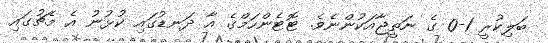
ބަލިކުރީ 1-0 ގެ ނަތީޖާއަކުންނެވެ. ޓޮޓެންހަމްގެ އާ ދަނޑުގައި ކުޅުނު އެ މެޗުގައި